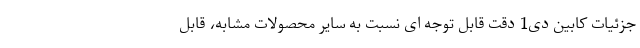
جزئیات کابین دی1 دقت قابل توجه ای نسبت به سایر محصولات مشابه، قابل